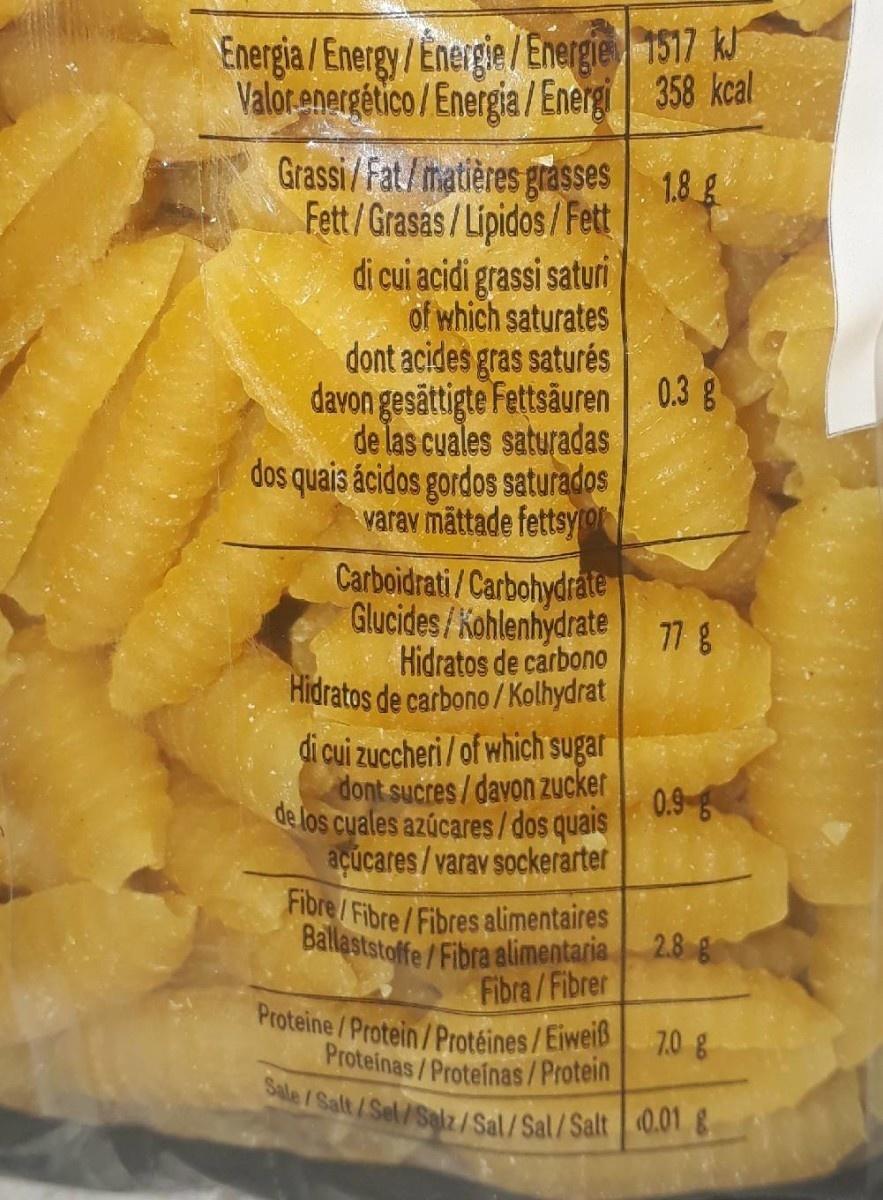
Sale /Salt/Sel/Salz/Sal/Sal/Salt 0.01 &
Energia / Energy/Energie /Energie 1517 kJ Valorenergético/Energia / Energi 358 kcal
Grassi/Fat/matières grasses 1.8 g Fett/Grasas/Lipidos/Fett di cui acidi grassi saturi of which saturates dont acides gras saturés davon gesättigte Fettsâuren 0.3 g de las cuales saturadas dos quais ácidos gordos saturados varav māttade fettsyro Carboidrati/Carbohydráte
Glucides/Kohlenhydrate
77g
Hidratos de carbono Hidratos de carbono / Kolhydrat di cui zuccheri / of which sugar
dont sucres/davon zucker 0.9 6 de los cuales azúcares/dos quais
açucares/ varav sockerarter Fbre / Fibre/Fibres alimentaires Ballaststoffe /Fibra alimentaria Fibra/Fibrer
2.8
Proteine /Protein/Protéines/Eiweis 7.0 g Proteinas/Protefnas/Protein